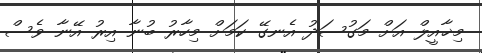
މިޚާއީލް އަށް މަގުސަދު އެނގޭ ކަމަށް މިހާރު ބުނާ އިރު އޭނާ ވެސް